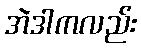
အဲဒါကလည်း